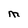
Character: M